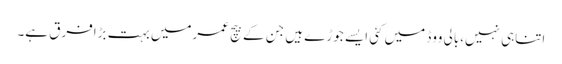
اتناہی نہیں،بالی ووڈ میں کئی ایسے جوڑے ہیں جن کے بیچ عمرمیں بہت بڑافرق ہے۔